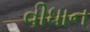
વીધાન